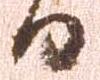
日